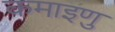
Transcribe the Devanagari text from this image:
कमाइणु